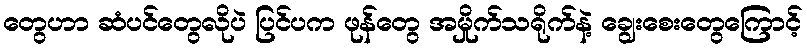
တွေဟာ ဆံပင်တွေလိုပဲ ပြင်ပက ဖုန်တွေ အမှိုက်သရိုက်နဲ့ ချွေးစေးတွေကြောင့်